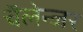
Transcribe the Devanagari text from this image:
चॅलेन्जर